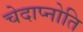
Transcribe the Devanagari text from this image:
चेदाप्नोति